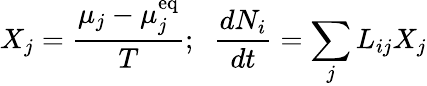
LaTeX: X_{j}={\frac{\mu_{j}-\mu_{j}^{\mathrm{{eq}}}}{T}};\; \; {\frac{dN_{i}}{dt}}=\sum_{j}L_{ij}X_{j}